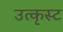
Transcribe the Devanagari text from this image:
उत्कृस्ट